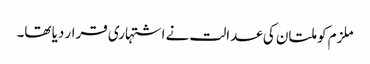
ملزم کو ملتان کی عدالت نے اشتہاری قرار دیا تھا۔